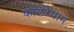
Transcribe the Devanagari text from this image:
कालरेयान